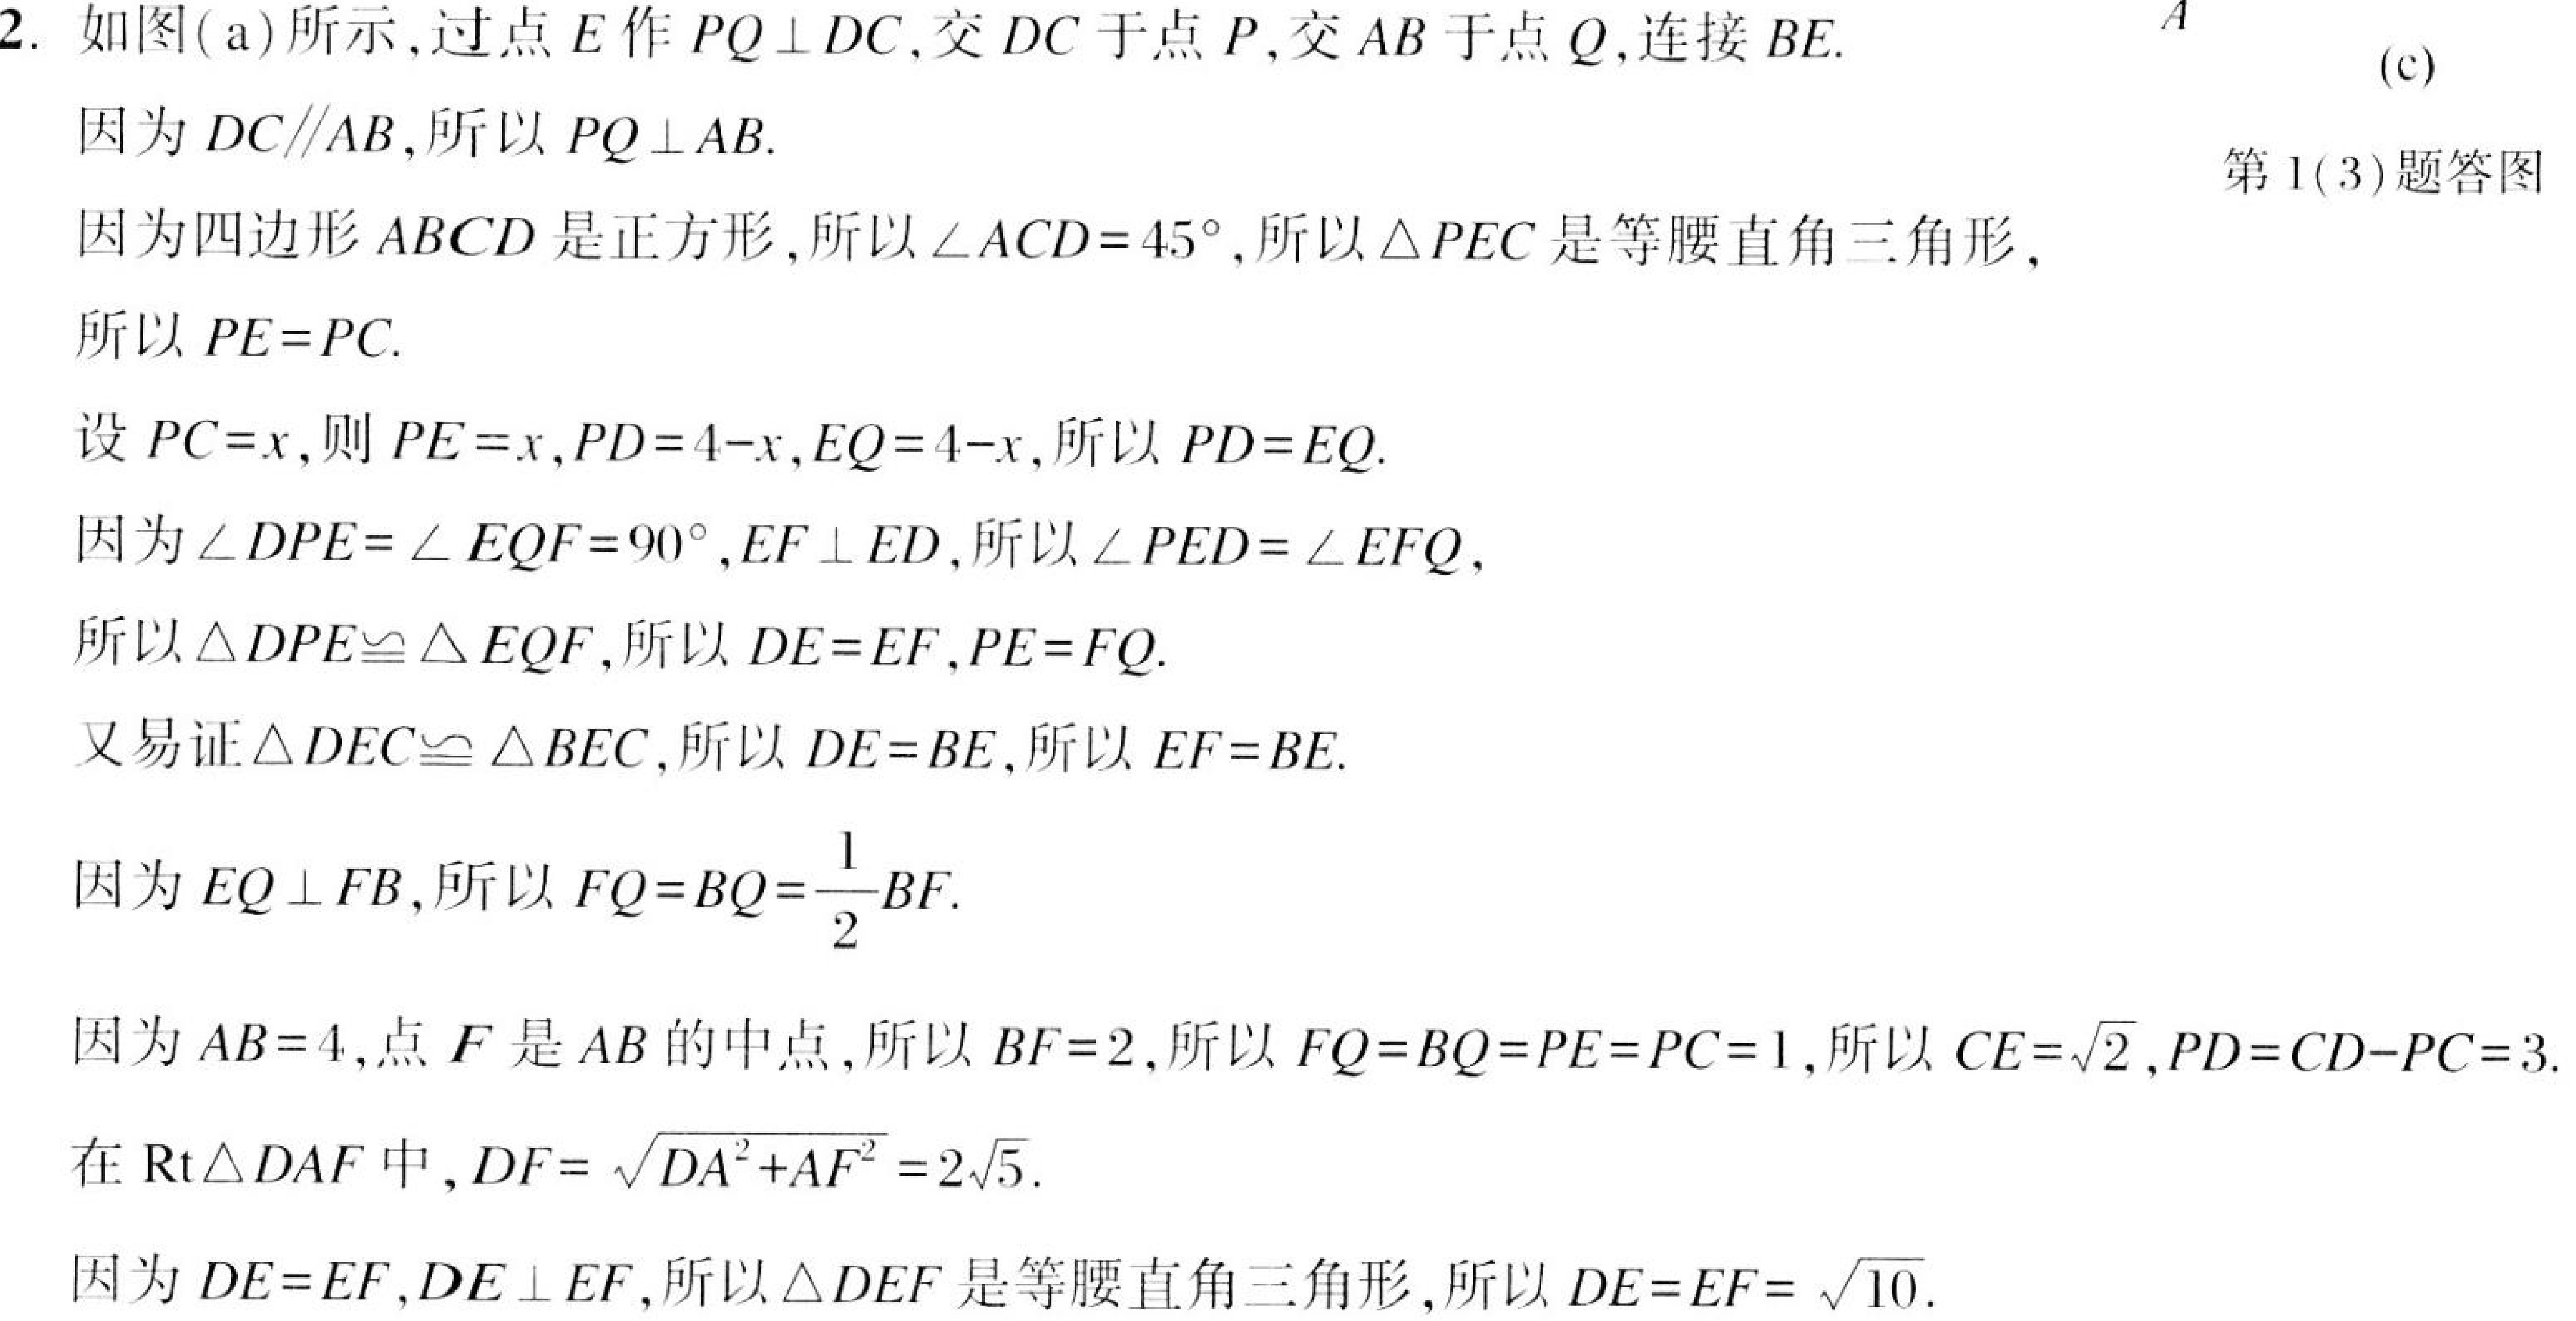
2. 如图(a)所示,过点\(E\)作\(PQ\perp DC\),交\(DC\)于点\(P\),交\(AB\)于点\(Q\),连接\(BE\).
因为\(DC\parallel AB\),所以\(PQ\perp AB\).
第1(3)题答图
因为四边形\(ABCD\)是正方形,所以\(\angle ACD = 45^{\circ}\),所以\(\triangle PEC\)是等腰直角三角形,
所以\(PE = PC\).
设\(PC = x\),则\(PE = x\),\(PD = 4 - x\),\(EQ = 4 - x\),所以\(PD = EQ\).
因为\(\angle DPE=\angle EQF = 90^{\circ}\),\(EF\perp ED\),所以\(\angle PED=\angle EFQ\),
所以\(\triangle DPE\cong\triangle EQF\),所以\(DE = EF\),\(PE = FQ\).
又易证\(\triangle DEC\cong\triangle BEC\),所以\(DE = BE\),所以\(EF = BE\).
因为\(EQ\perp FB\),所以\(FQ = BQ=\frac{1}{2}BF\).
因为\(AB = 4\),点\(F\)是\(AB\)的中点,所以\(BF = 2\),所以\(FQ = BQ = PE = PC = 1\),所以\(CE=\sqrt{2}\),\(PD = CD - PC = 3\).
在\(\text{Rt}\triangle DAF\)中,\(DF=\sqrt{DA^{2}+AF^{2}} = 2\sqrt{5}\).
因为\(DE = EF\),\(DE\perp EF\),所以\(\triangle DEF\)是等腰直角三角形,所以\(DE = EF=\sqrt{10}\).